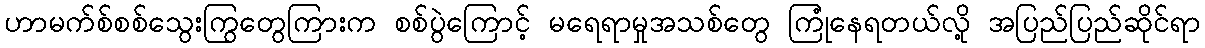
ဟာမက်စ်စစ်သွေးကြွတွေကြားက စစ်ပွဲကြောင့် မရေရာမှုအသစ်တွေ ကြုံနေရတယ်လို့ အပြည်ပြည်ဆိုင်ရာ